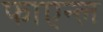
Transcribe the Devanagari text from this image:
फाएन्ल